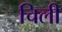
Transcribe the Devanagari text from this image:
चिली